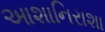
આશાનિરાશા